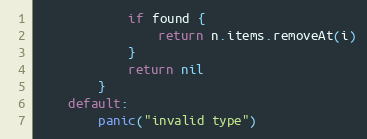
Language: Go
			if found {
				return n.items.removeAt(i)
			}
			return nil
		}
	default:
		panic("invalid type")